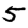
Digit: 5